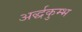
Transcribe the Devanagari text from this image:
अर्द्धकुम्भ